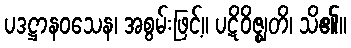
ပဒဋ္ဌာနဝသေန၊ အစွမ်းဖြင့်။ ပဋိဝိဇ္ဈတိ၊ သိ၏။